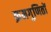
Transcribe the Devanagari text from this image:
क्रमगुणितों